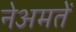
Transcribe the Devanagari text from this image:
नेअमतेें